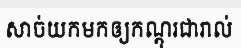
សាច់យកមកឲ្យកណ្តុរជារាល់